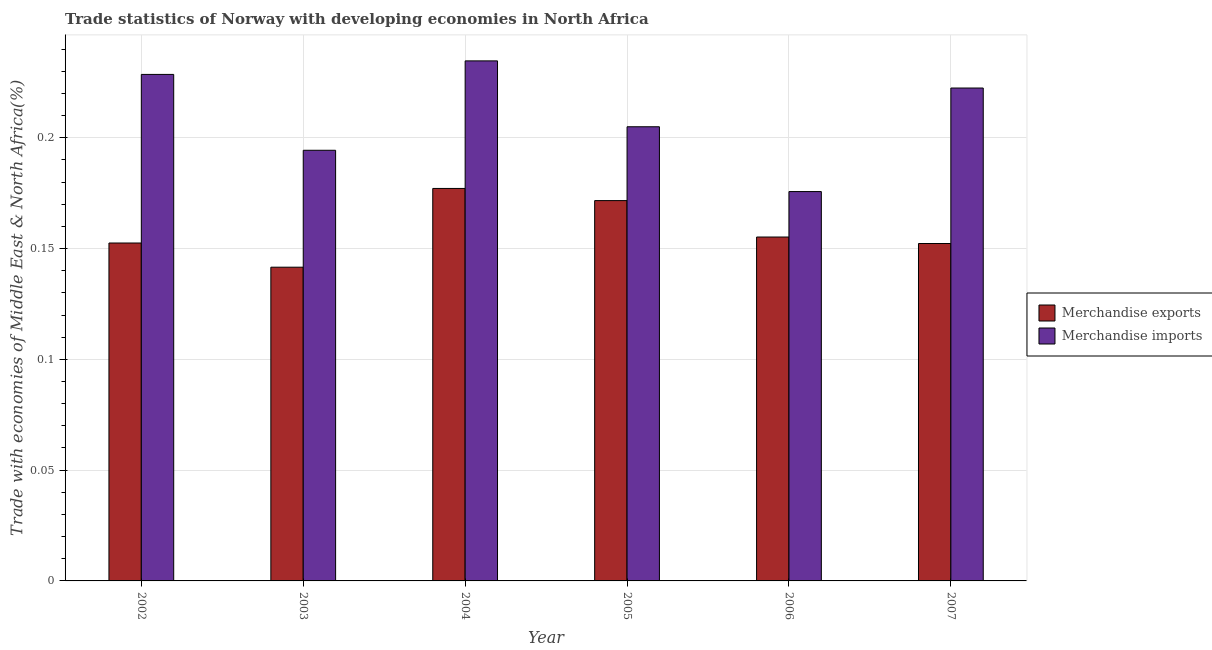
| Year | Merchandise exports | Merchandise imports |
 | --- | --- | --- |
 | 2002 | 0.153 | 0.229 |
 | 2003 | 0.142 | 0.194 |
 | 2004 | 0.177 | 0.235 |
 | 2005 | 0.172 | 0.205 |
 | 2006 | 0.155 | 0.176 |
 | 2007 | 0.152 | 0.222 |